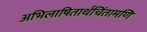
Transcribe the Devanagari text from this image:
अभिलाषितार्थचिंतामणि